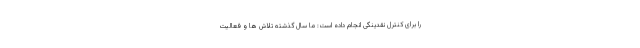
را برای کنترل نقدینگی انجام داده است: ما سال گذشته تلاش ها و فعالیت